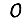
Digit: 0